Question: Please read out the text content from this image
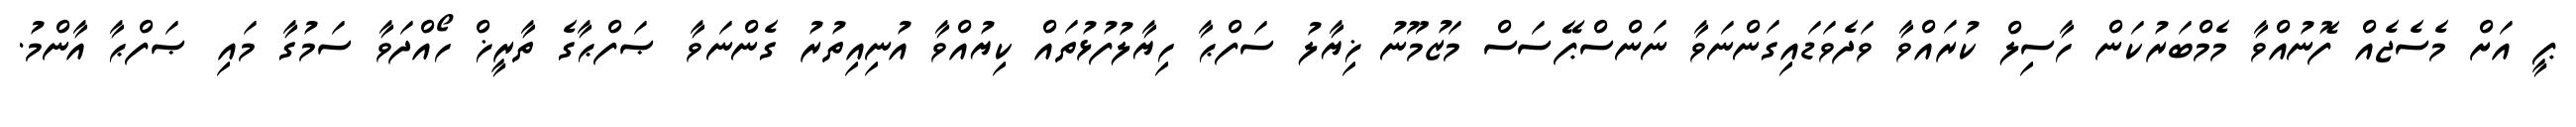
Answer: ޕީ އަށް މެސެޖެއް ފޮނުއްވާ މެމްބަރުކަން ހާސިލް ކުރައްވާ ވަދެވަޑައިގަންނަވާ ނަންސްޕޭސަސް މަޒުމޫނު ޚިޔާލު ސަފްޙާ ހިޔާލުފުޅުތައް ކިޔުއްވާ އުނިއިތުރު ގެންނަވާ ޞަފްޙާގެ ތާރީޚް ހޯއްދަވާ ސަމުގާ މައި ޞަފްޙާ އާންމު.